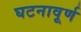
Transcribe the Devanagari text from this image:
घटनावूर्ण